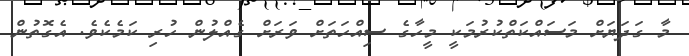
މާ ގަދަޔަށް މަސައްކަތްކުރުމަކީ މީހާގެ ސިއްހަތަށް ވަރަށް ގެއްލުން ހުރި ކަމެކެވެ. އެގޮތުން